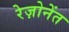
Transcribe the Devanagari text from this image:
रेज़ोनेंत